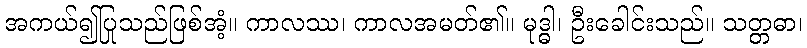
အကယ်၍ပြုသည်ဖြစ်အံ့။ ကာလဿ၊ ကာလအမတ်၏။ မုဒ္ဓါ၊ ဦးခေါင်းသည်။ သတ္တဓာ၊